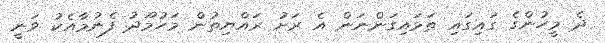
ދެ މީހުންގެ ގައިގައި ތަޅައިގަންނަން އެ ރަށު ރައްޔިތުން މަހުމޫދު ފެނުމާއެކު ވަނީ